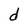
Character: d